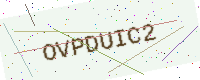
Text: OVPDUIC2